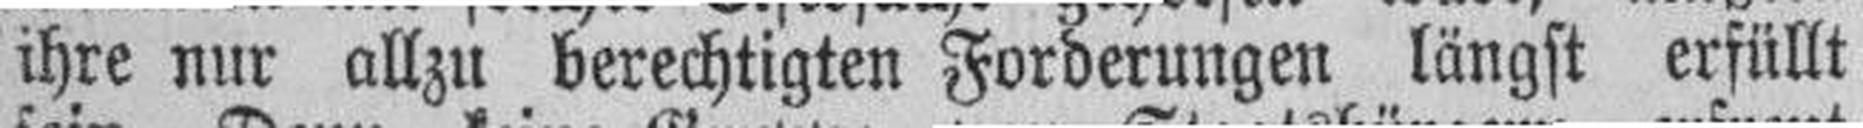
ihre nur allzu berechtigten Forderungen längst erfüllt